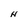
Character: N